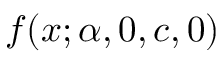
f ( x ; \alpha , 0 , c , 0 )